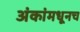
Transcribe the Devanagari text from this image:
अंकांमधूनच